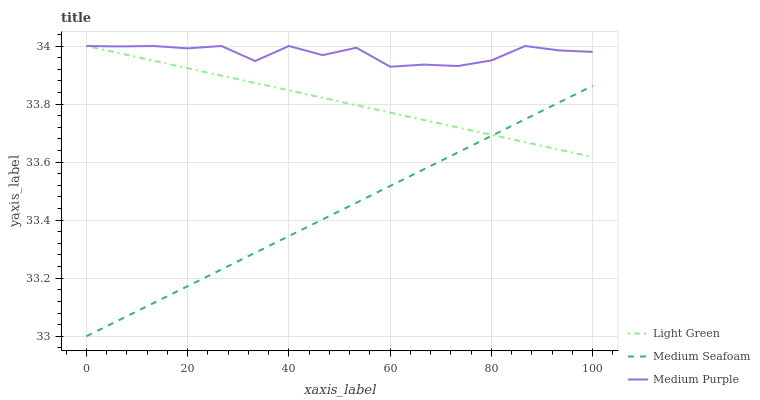
| xaxis_label | Light Green | Medium Seafoam | Medium Purple |
 | --- | --- | --- | --- |
 | 0 | 34 | 33 | 34 |
 | 6.67 | 34 | 33.1 | 34 |
 | 13.3 | 33.9 | 33.1 | 34 |
 | 20 | 33.9 | 33.2 | 34 |
 | 26.7 | 33.9 | 33.2 | 34 |
 | 33.3 | 33.9 | 33.3 | 33.9 |
 | 40 | 33.8 | 33.3 | 34 |
 | 46.7 | 33.8 | 33.4 | 34 |
 | 53.3 | 33.8 | 33.5 | 34 |
 | 60 | 33.8 | 33.5 | 33.9 |
 | 66.7 | 33.7 | 33.6 | 33.9 |
 | 73.3 | 33.7 | 33.6 | 33.9 |
 | 80 | 33.7 | 33.7 | 34 |
 | 86.7 | 33.7 | 33.7 | 34 |
 | 93.3 | 33.6 | 33.8 | 34 |
 | 100 | 33.6 | 33.9 | 34 |